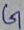
Text: G